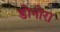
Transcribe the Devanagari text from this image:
डोनोरा